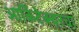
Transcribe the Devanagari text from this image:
आर्किटेक्चरचा